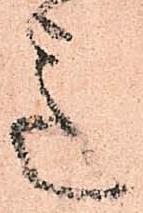
意